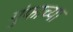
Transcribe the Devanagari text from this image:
गुंफाच्या